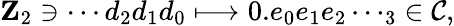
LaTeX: \mathbf{Z}_{2}\ni\cdots d_{2}d_{1}d_{0}\longmapsto 0.e_{0}e_{1}e_{2}\cdots_{3}\in{\mathcal{C}},